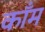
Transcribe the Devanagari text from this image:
काँम